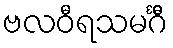
ဗလဝီရသမင်္ဂီ